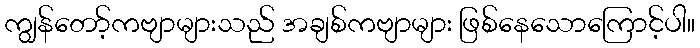
ကျွန်တော့်ကဗျာများသည် အချစ်ကဗျာများ ဖြစ်နေသောကြောင့်ပါ။